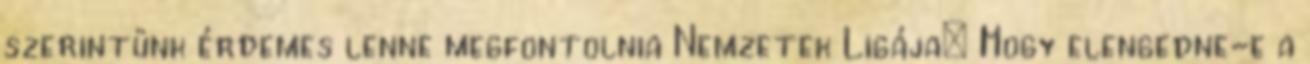
szerintünk érdemes lenne megfontolnia Nemzetek Ligája: Hogy elengedne-e a